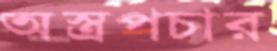
অস্ত্রপচার